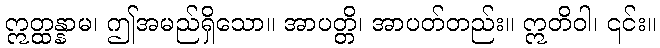
ဣတ္ထန္နာမ၊ ဤအမည်ရှိသော။ အာပတ္တိ၊ အာပတ်တည်း။ ဣတိဝါ၊ ၎င်း။